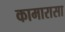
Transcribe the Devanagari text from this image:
कामारासा